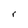
Character: r